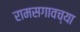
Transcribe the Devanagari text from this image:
रामसगावच्या